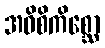
အဝိစိကိစ္ဆော